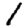
Digit: 1